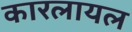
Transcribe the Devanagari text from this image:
कारलायल